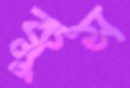
ক্লুস